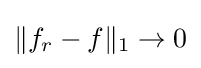
\|f_{r}-f\|_{1}\to 0